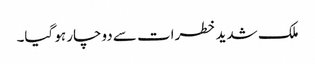
ملک شدید خطرات سے دوچار ہو گیا۔